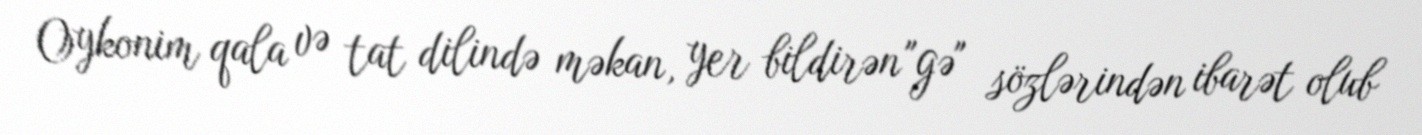
Oykonim qala və tat dilində məkan, yer bildirən "gə" sözlərindən ibarət olub